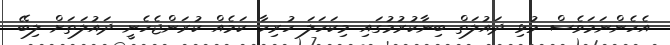
އެހެންނަމަވެސް މުޅި ދައުލަތް ބިނާކުރުމުގައި މިކަހަލަ ހުރިހާ ކަމެއް ކުރަންޖެހެނީ ދައުލަތަށް ލިބޭ